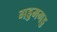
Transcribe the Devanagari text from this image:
गड्डमगड्ड